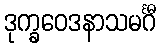
ဒုက္ခဝေဒနာသမင်္ဂီ